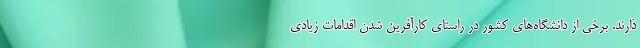
ذارند. برخی از دانشگاه‌های کشور در راستای کارآفرین شدن اقدامات زیادی